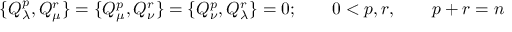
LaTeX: \{ Q _ { \lambda } ^ { p } , Q _ { \mu } ^ { r } \} = \{ Q _ { \mu } ^ { p } , Q _ { \nu } ^ { r } \} = \{ Q _ { \nu } ^ { p } , Q _ { \lambda } ^ { r } \} = 0 ; \qquad 0 < p , r , \qquad p + r = n